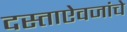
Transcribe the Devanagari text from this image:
दस्ताऐवजांचे